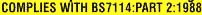
COMPLIES WITH BS7114:PART 2:1998